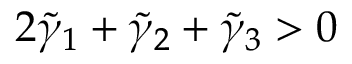
2 \tilde { \gamma } _ { 1 } + \tilde { \gamma } _ { 2 } + \tilde { \gamma } _ { 3 } > 0